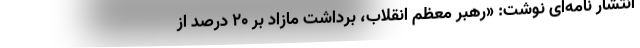
انتشار نامه‌ای نوشت: «رهبر معظم انقلاب، برداشت مازاد بر ۲۰ درصد از